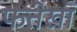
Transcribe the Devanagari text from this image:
फत्तेखां